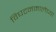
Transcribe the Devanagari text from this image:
विघटनमालेच्या